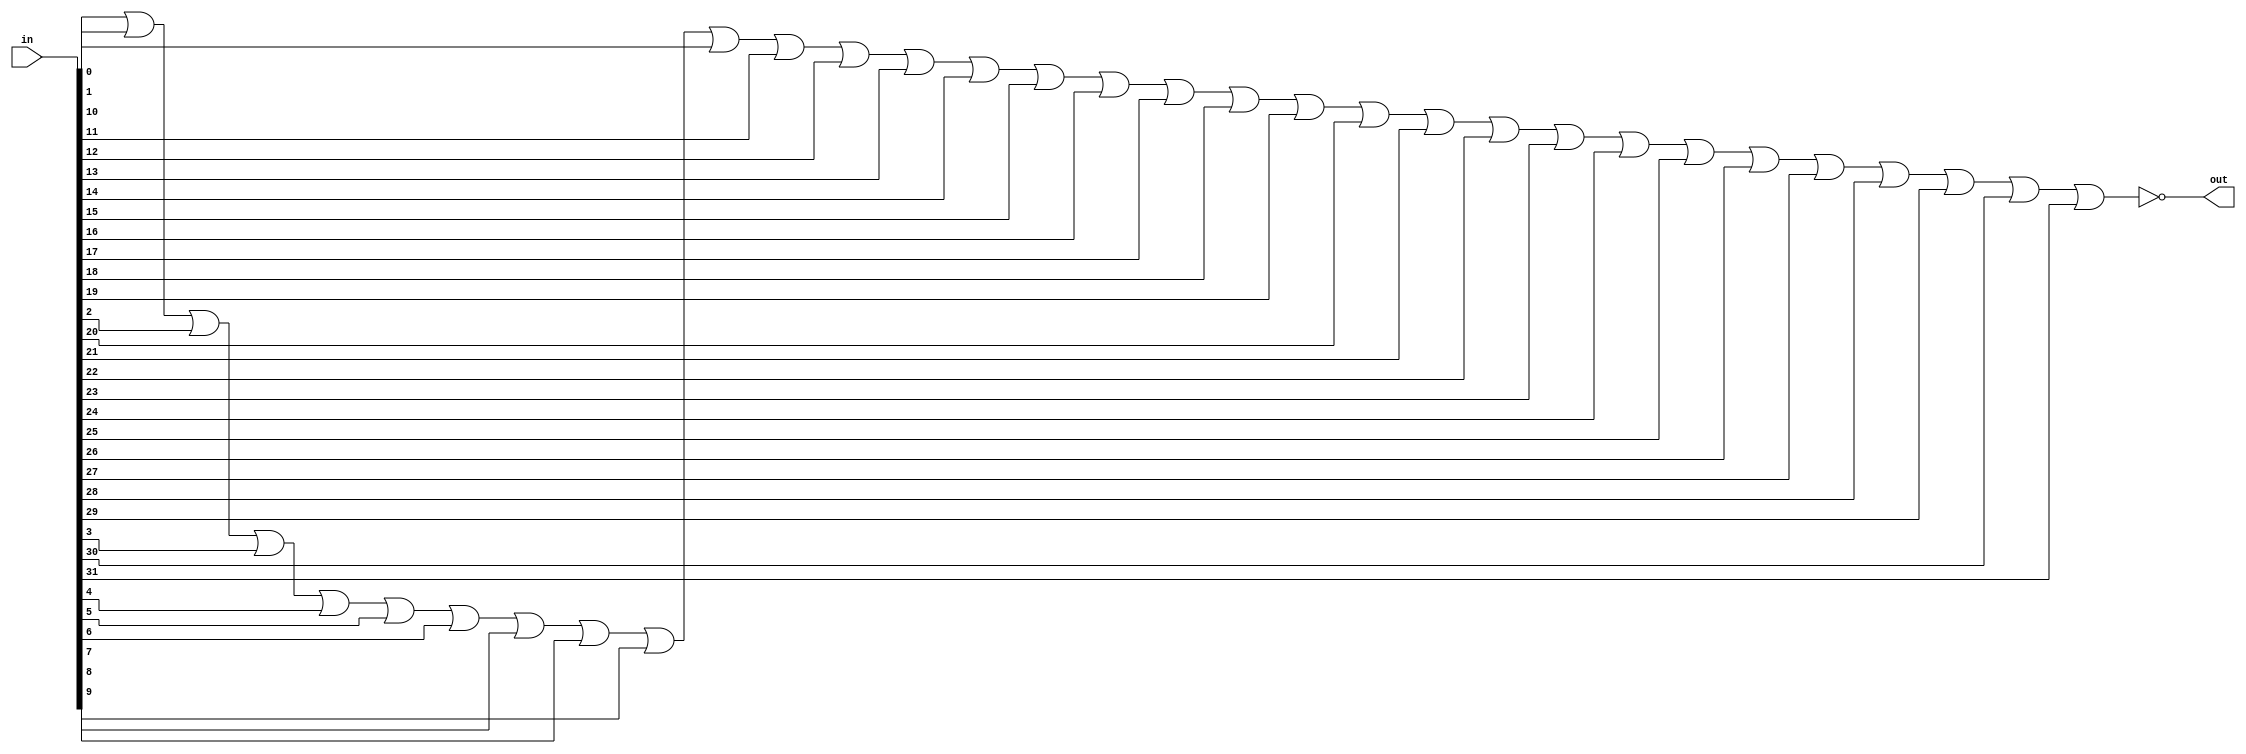
module equals0(out, in);
input [31:0] in; 
output out; 

wire w1; 
or or1(w1, in[0], in[1], in[2], in[3], in[4], in[5], in[6], in[7], in[8], in[9], in[10], in[11], in[12], in[13], in[14], in[15], in[16], in[17], in[18], in[19], in[20], in[21], in[22], in[23], in[24], in[25], in[26], in[27], in[28], in[29], in[30], in[31] );

not n1(out, w1);
endmodule